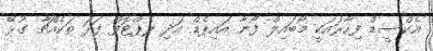
އެކްސީޑް ފިހާރައަކީ މޯބައިލް ފޯނާ އައިޕެޑް އަދި ލެޕްޓޮފް ފަދަ ތަކެއްޗާ ގުޅޭ